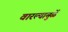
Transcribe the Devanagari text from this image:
वारल्यामुळें